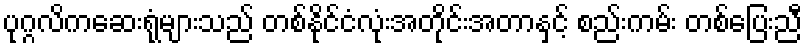
ပုဂ္ဂလိကဆေးရုံများသည် တစ်နိုင်ငံလုံးအတိုင်းအတာနှင့် စည်းကမ်း တစ်ပြေးညီ